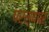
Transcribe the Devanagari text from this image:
परस्पपर